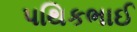
પથિકભાઈ